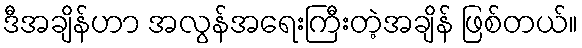
ဒီအချိန်ဟာ အလွန်အရေးကြီးတဲ့အချိန် ဖြစ်တယ်။